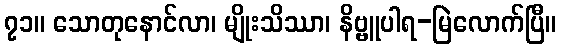
၇၁။ သောတုနောင်လာ၊ မျိုးသိဿာ၊ နိဗ္ဗူပါရ-မြဲလောက်ပြီ။